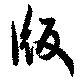
版